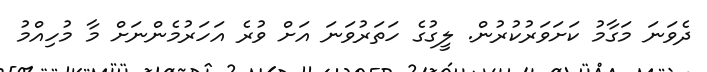
ދެވަނަ މަގާމު ކަށަވަރުކުރުން. ލީގުގެ ހަތަރުވަނަ އަށް ވުރެ އަހަރުމެންނަށް މާ މުހިއްމު